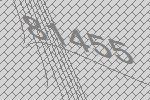
81455